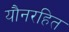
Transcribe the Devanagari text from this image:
यौनरहित